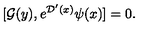
[ { \cal G } ( { y } ) , e ^ { { \cal D } ^ { \prime } ( x ) } \psi ( x ) ] = 0 .